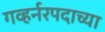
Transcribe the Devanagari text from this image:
गव्हर्नरपदाच्या